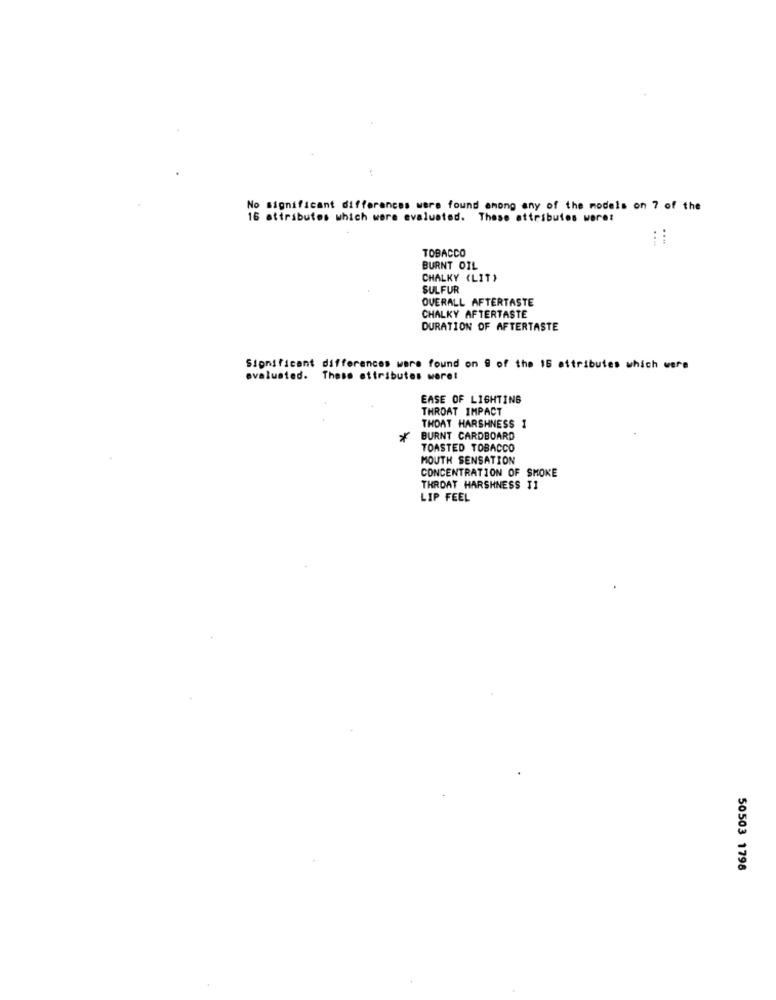
No significant differences were found among any of the models on 7 of the
16 attributes which were evaluated. These attributes were:
:
TOBACCO
BURNT OIL
CHALKY (LIT)
SULFUR
OVERALL AFTERTASTE
CHALKY AFTERTASTE
DURATION OF AFTERTASTE
Significant differences were found on @ of the 16 attributes which were
evaluated. These attributes were!
EASE OF LIGHTING
THROAT IMPACT
THOAT HARSHNESS 1
*
BURNT CARDBOARD
TOASTED TOBACCO
MOUTH SENSATION
CONCENTRATION OF SMOKE
THROAT HARSHNESS T1
LIP FEEL
50503 1798